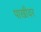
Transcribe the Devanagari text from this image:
पाखीवर